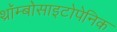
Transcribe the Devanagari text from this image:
थ्रॉम्बोसाइटोपेनिक